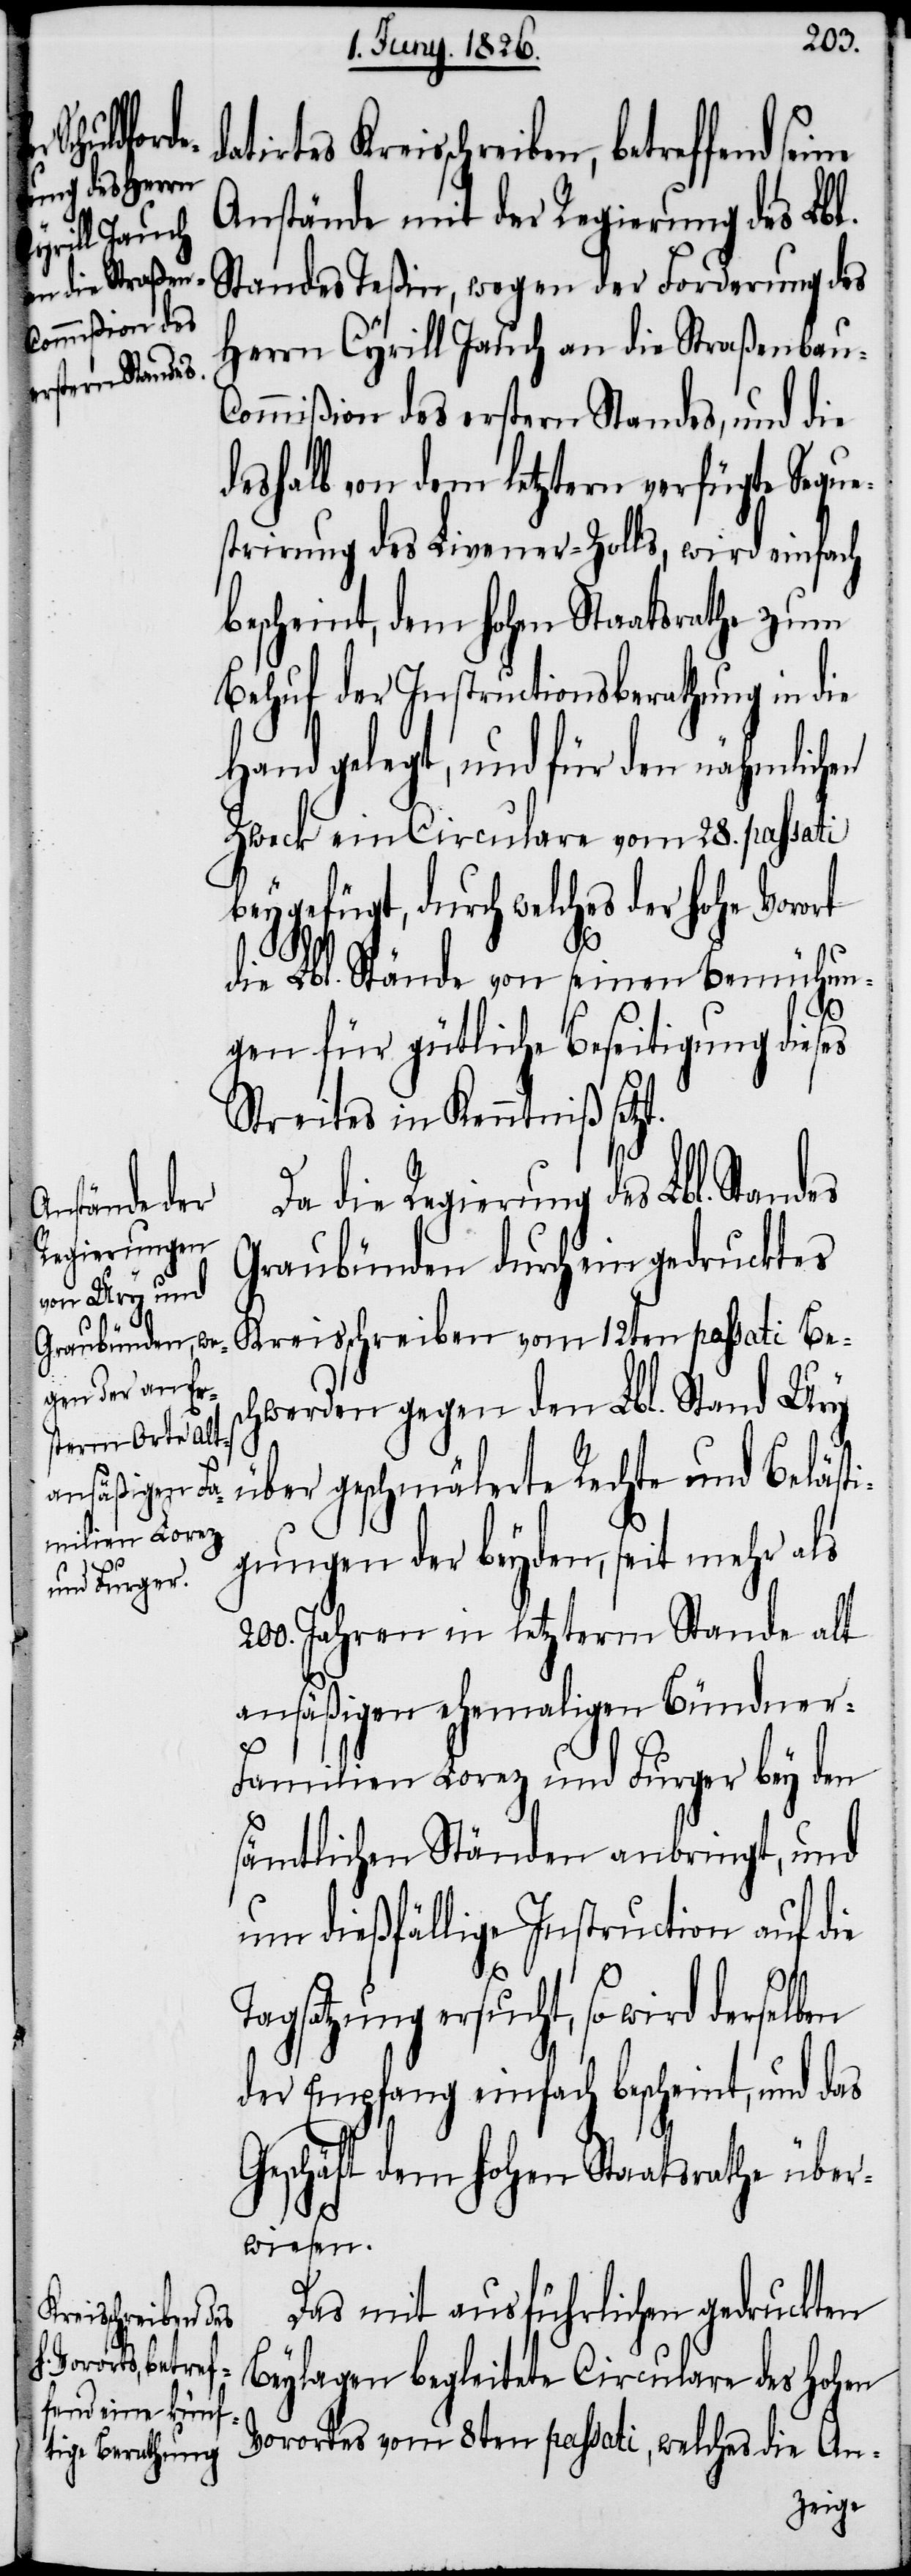
selben
Regierung
Kreisschreiben, be¬

Anstände mit der Regierung des Lbl.
Standes Teßin, wegen der Forderung des
Herrn Cyrill Jauch an die Straßenbau-C¬
ommißion des erstern Standes, und die
deshalb von dem letztern verfügte Seque¬
strirung des Livener-Zolls, wird einfach
bescheint, dem hohen Staatsrathe zum
Behuf der Instructionsberathung in die
Hand gelegt, und für den nähmlichen
Zweck ein Circulare vom 28 passati
beygefügt, durch welches der hohe Voro¬
die Lbl. Stände von seinen Bemühun¬
Lbl.
gen für gütliche Beseitigung dieses
Streites in Kenntniß setzt.
Graubünden durch ein gedrucktes
Kreisschreiben vom 12ten passati Bes¬
chwerden gegen den Lbl. Stand Ury
über geschmälerte Rechte und Beläst¬
igungen der beyden, seit mehr als
200. Jahren in letzterm Stande alt
ansäßigen ehemaligen Bündner-F¬
amilien Lorez und Furger bey den
sämtlichen Ständen anbringt, und
um dießfällige Instruction auf die
rt
Tagsatzung ersucht, so wird der¬
der Empfang einfach bescheint, und das
Geschäft dem hohen Staatsrathe über¬
wiesen.
Das mit ausführlichen gedruckten
Beylagen begleitete Circulare des hohen
Vorortes vom 8ten passati, welches die An-